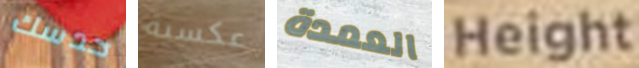
حدسك عكسية العمدة Height